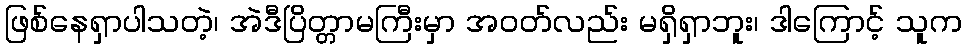
ဖြစ်နေရှာပါသတဲ့၊ အဲဒီပြိတ္တာမကြီးမှာ အဝတ်လည်း မရှိရှာဘူး၊ ဒါကြောင့် သူက